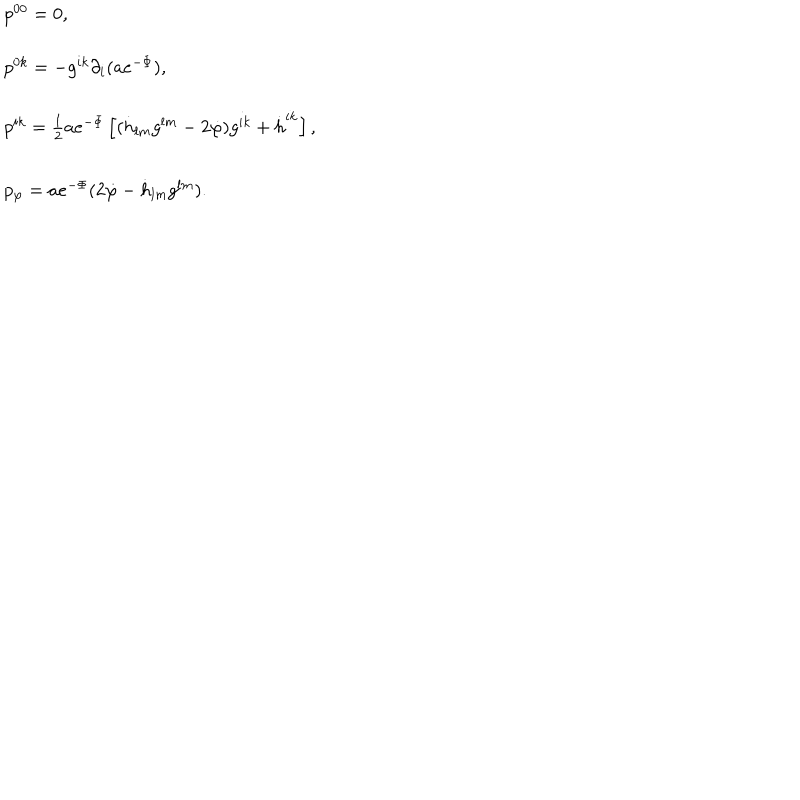
\begin{array} { l } { { p ^ { 0 0 } = 0 , } } \\ { { p ^ { 0 k } = - g ^ { i k } \partial _ { i } ( a e ^ { - \Phi } ) , } } \\ { { p ^ { i k } = \frac { 1 } { 2 } a e ^ { - \Phi } \left[ ( \dot { h } _ { l m } g ^ { l m } - 2 \dot { \varphi } ) g ^ { i k } + \dot { h } ^ { i k } \right] , } } \\ { { p _ { \varphi } = a e ^ { - \Phi } ( 2 \dot { \varphi } - \dot { h } _ { l m } g ^ { l m } ) . } } \\ \end{array}